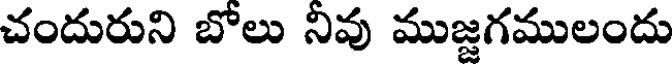
చందురుని బోలు నివు ముజ్జగములందు